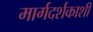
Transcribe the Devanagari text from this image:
मार्गदर्शकाशी